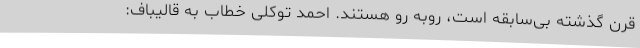
قرن گذشته بی‌سابقه است، روبه رو هستند. احمد توکلی خطاب به قالیباف: